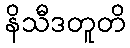
နိသီဒတူတိ